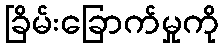
ခြိမ်းခြောက်မှုကို